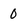
Character: 0